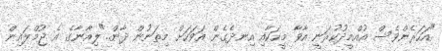
"އަހަރެންވެސް އުއްމީދުކުރަނީ އާވާ މީހަކާއި އިނދެގެން އަވަހަށް މިތަނުން ދާން.."ލިއާނާގެ އެ ޖުމްލައިން